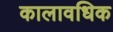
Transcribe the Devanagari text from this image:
कालावधिक